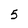
Character: 5